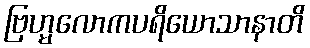
ဗြဟ္မလောကပရိယောသာနာတိ